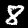
Digit: 8